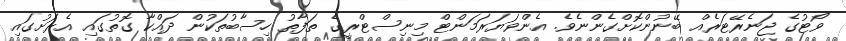
ވޯޓުގެ ޖަނެރޭޓަރެއް ބޭނުންކޮށްގެންނެވެ. އެންވަޔަރަމަންޓް މިނިސްޓްރީގެ ތަފާތު ހިސާބުތަކުން ދައްކާ ގޮތުގައި އެރަށުގައި